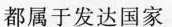
都属于发达国家